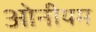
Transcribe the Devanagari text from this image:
ओनीयम